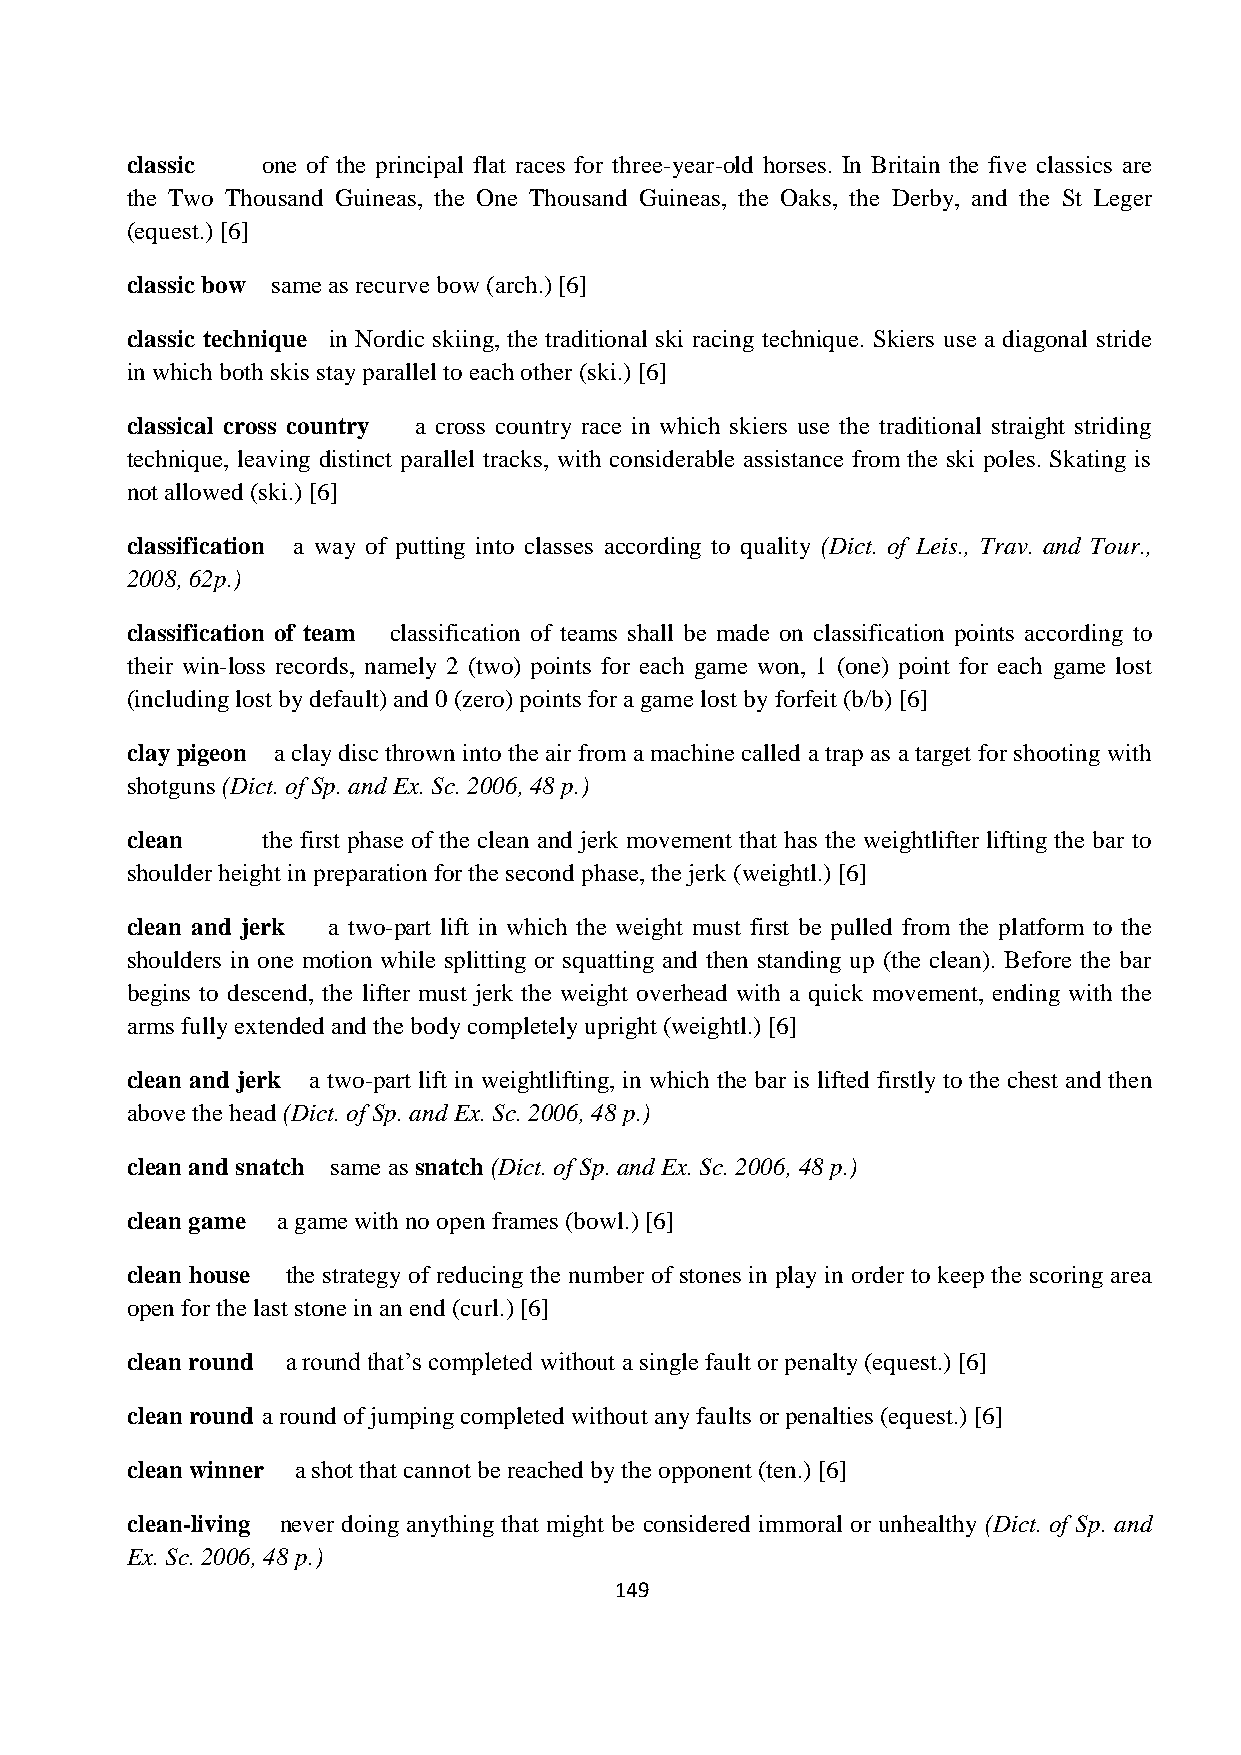
classic  one of the principal flat races for three-year-old horses. In Britain the five classics are
 the Two Thousand Guineas, the One Thousand Guineas, the Oaks, the Derby, and the St Leger
 (equest.) [6]
 classic bow same as recurve bow (arch.) [6]
 classic technique in Nordic skiing, the traditional ski racing technique. Skiers use a diagonal stride
 in which both skis stay parallel to each other (ski.) [6]
 classical cross country a cross country race in which skiers use the traditional straight striding
 technique, leaving distinct parallel tracks, with considerable assistance from the ski poles. Skating is
 not allowed (ski.) [6]
 classification a way of putting into classes according to quality (Dict. of Leis., Trav. and Tour.,
 2008, 62p.)
 classification of team classification of teams shall be made on classification points according to
 their win-loss records, namely 2 (two) points for each game won, 1 (one) point for each game lost
 (including lost by default) and 0 (zero) points for a game lost by forfeit (b/b) [6]
 clay pigeon a clay disc thrown into the air from a machine called a trap as a target for shooting with
 shotguns (Dict. of Sp. and Ex. Sc. 2006, 48 p.)
 clean    the first phase of the clean and jerk movement that has the weightlifter lifting the bar to
 shoulder height in preparation for the second phase, the jerk (weightl.) [6]
 clean and jerk a two-part lift in which the weight must first be pulled from the platform to the
 shoulders in one motion while splitting or squatting and then standing up (the clean). Before the bar
 begins to descend, the lifter must jerk the weight overhead with a quick movement, ending with the
 arms fully extended and the body completely upright (weightl.) [6]
 clean and jerk a two-part lift in weightlifting, in which the bar is lifted firstly to the chest and then
 above the head (Dict. of Sp. and Ex. Sc. 2006, 48 p.)
 clean and snatch same as snatch (Dict. of Sp. and Ex. Sc. 2006, 48 p.)
 clean game a game with no open frames (bowl.) [6]
 clean house the strategy of reducing the number of stones in play in order to keep the scoring area
 open for the last stone in an end (curl.) [6]
 clean round a round that’s completed without a single fault or penalty (equest.) [6]
 clean round a round of jumping completed without any faults or penalties (equest.) [6]
 clean winner a shot that cannot be reached by the opponent (ten.) [6]
 clean-living never doing anything that might be considered immoral or unhealthy (Dict. of Sp. and
 Ex. Sc. 2006, 48 p.)
 149